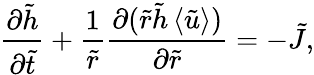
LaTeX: \frac{\partial\tilde{h}}{\partial\tilde{t}}+\frac{1}{\tilde{r}}\frac{\partial(\tilde{r}\tilde{h}\left\langle\tilde{u}\right\rangle)}{\partial\tilde{r}}=-\tilde{J},